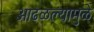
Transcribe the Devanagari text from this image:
आढळल्यामुळे